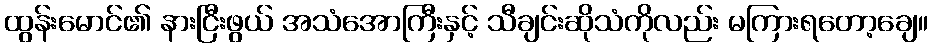
ထွန်းမောင်၏ နားငြီးဖွယ် အသံအောကြီးနှင့် သီချင်းဆိုသံကိုလည်း မကြားရတော့ချေ။